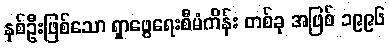
နှစ်ဦးဖြစ်သော ရှာဖွေရေးစီမံကိန်း တစ်ခု အဖြစ် ၁၉၉၆